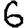
Digit: 6